DOW-UAP-D62, Mission Report, Strait of Hormuz, September 2020
Agency: Department of War
Incident date: 9/16/20
Incident location: Strait of Hormuz
Page 3
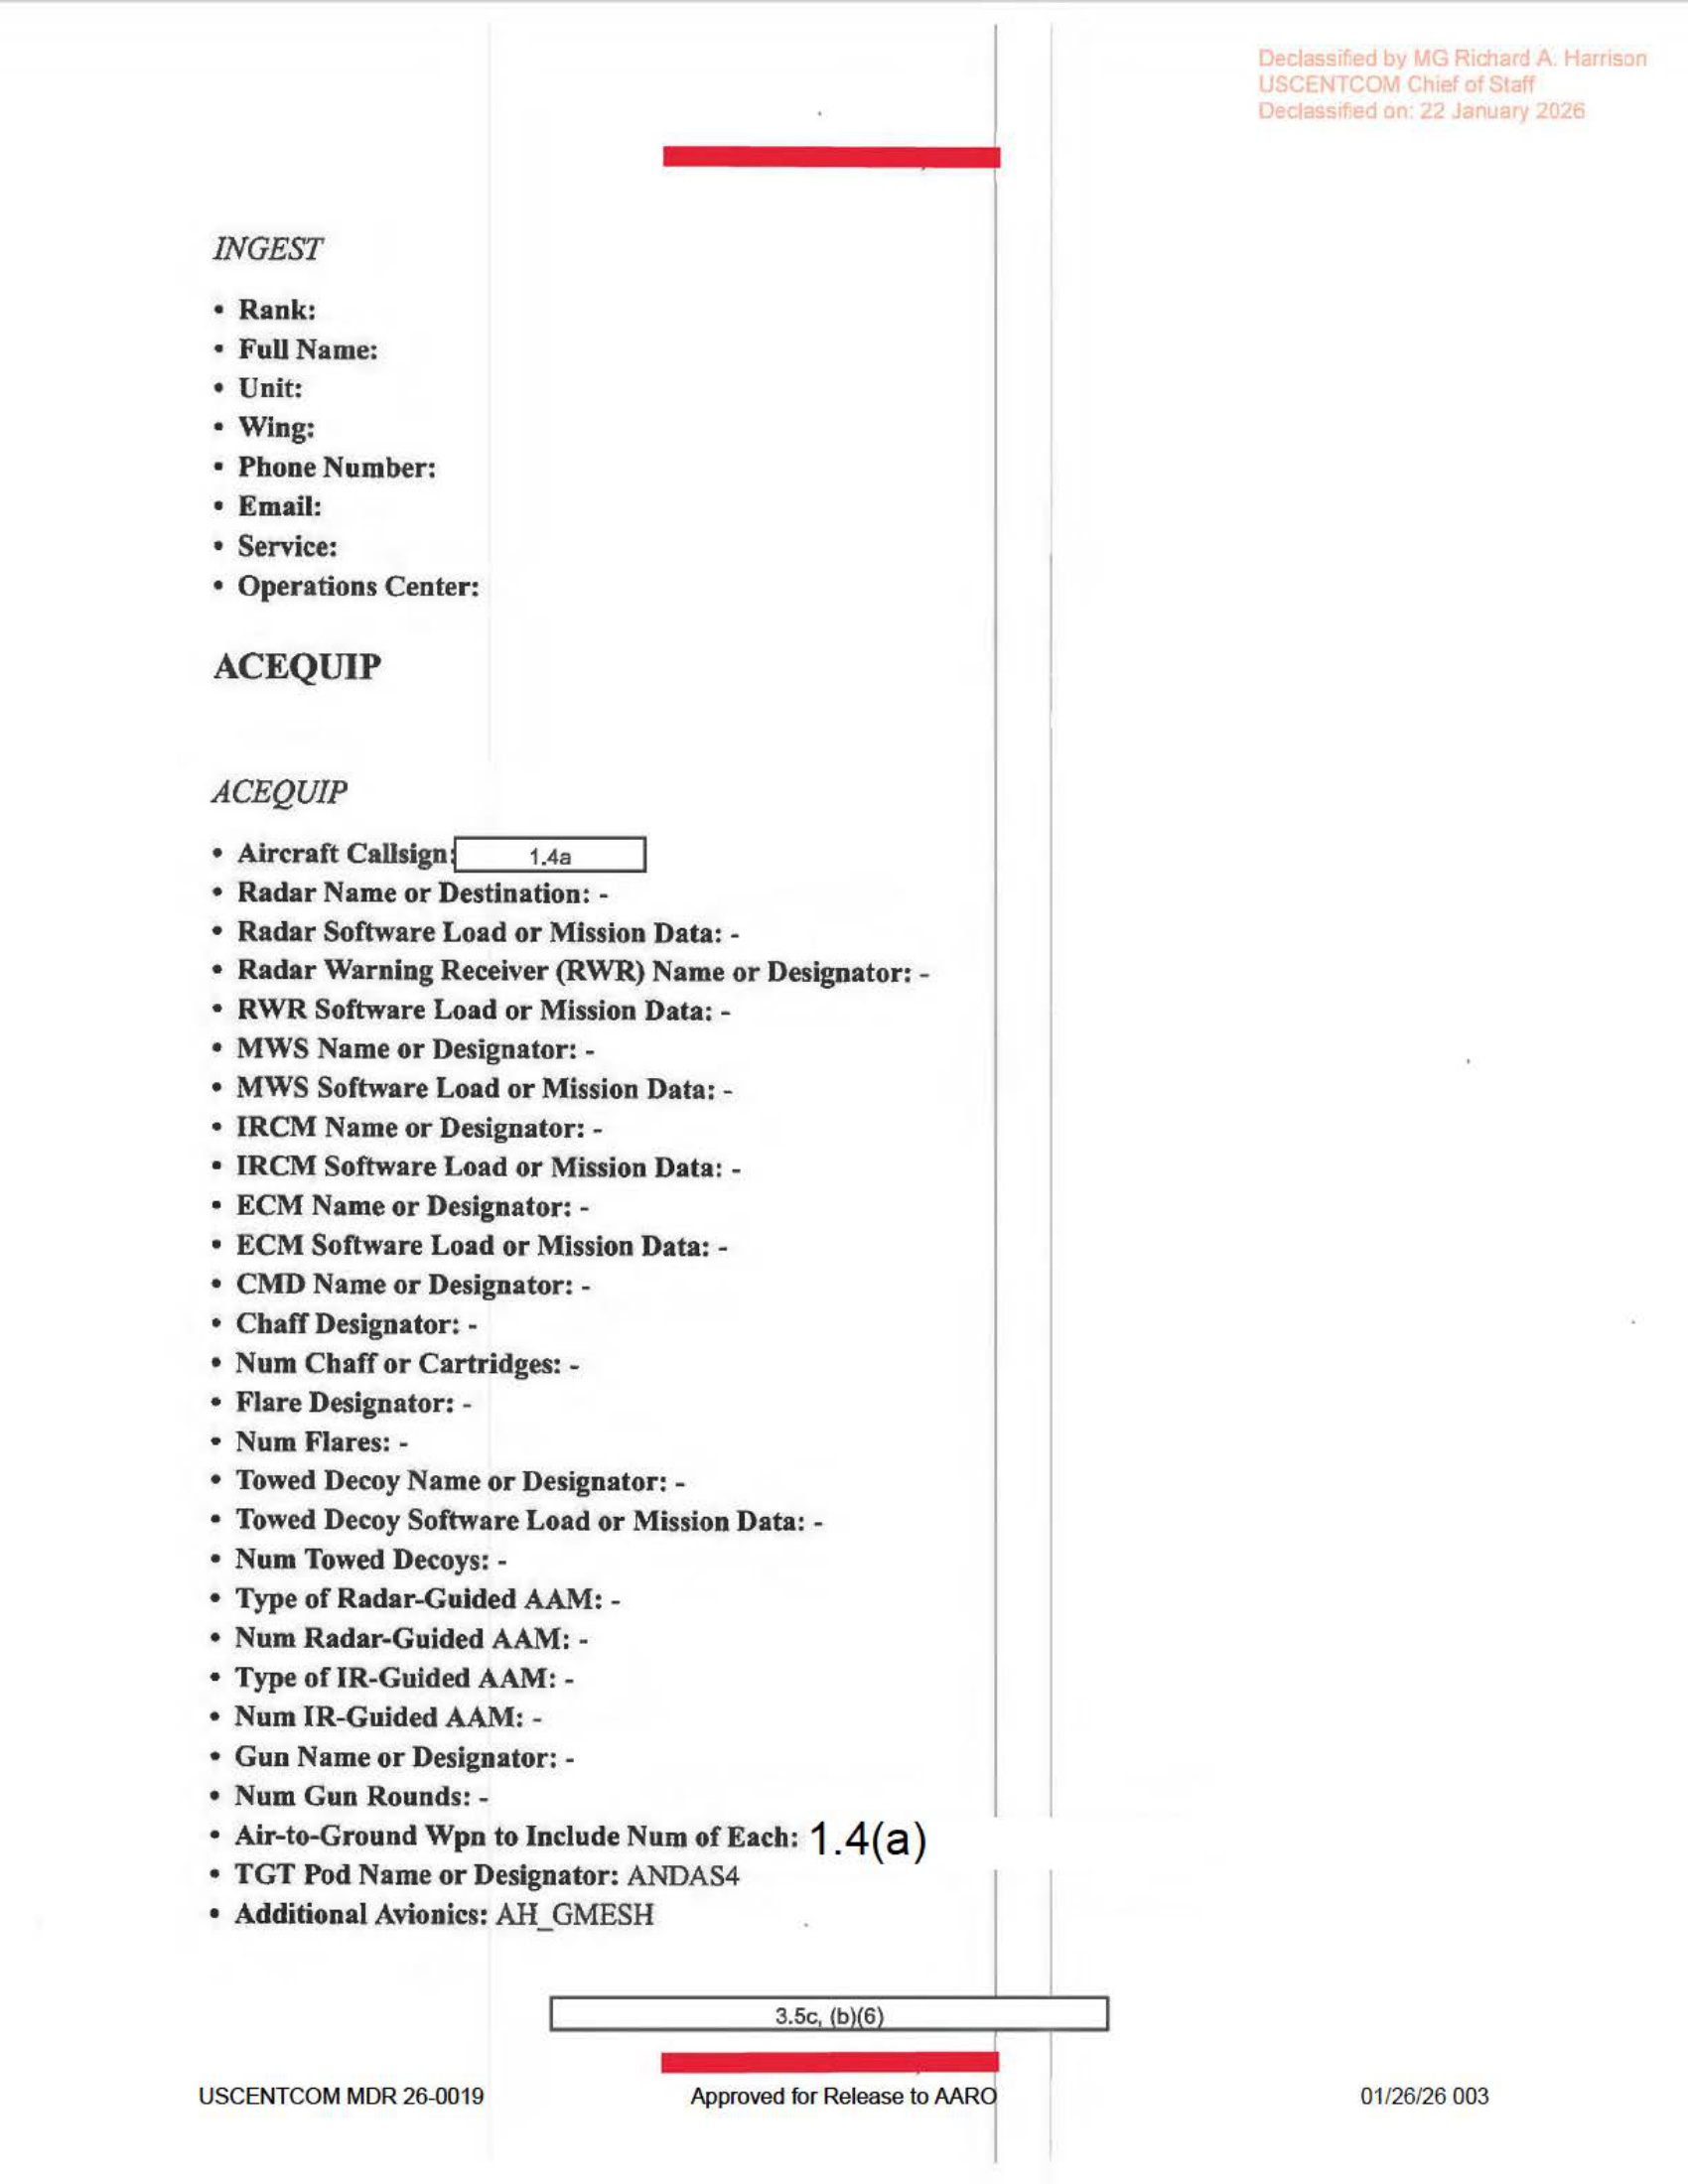